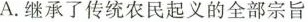
A. 继承了传统农民起义的全部宗旨